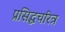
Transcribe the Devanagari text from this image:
प्रसिद्धचरित्र